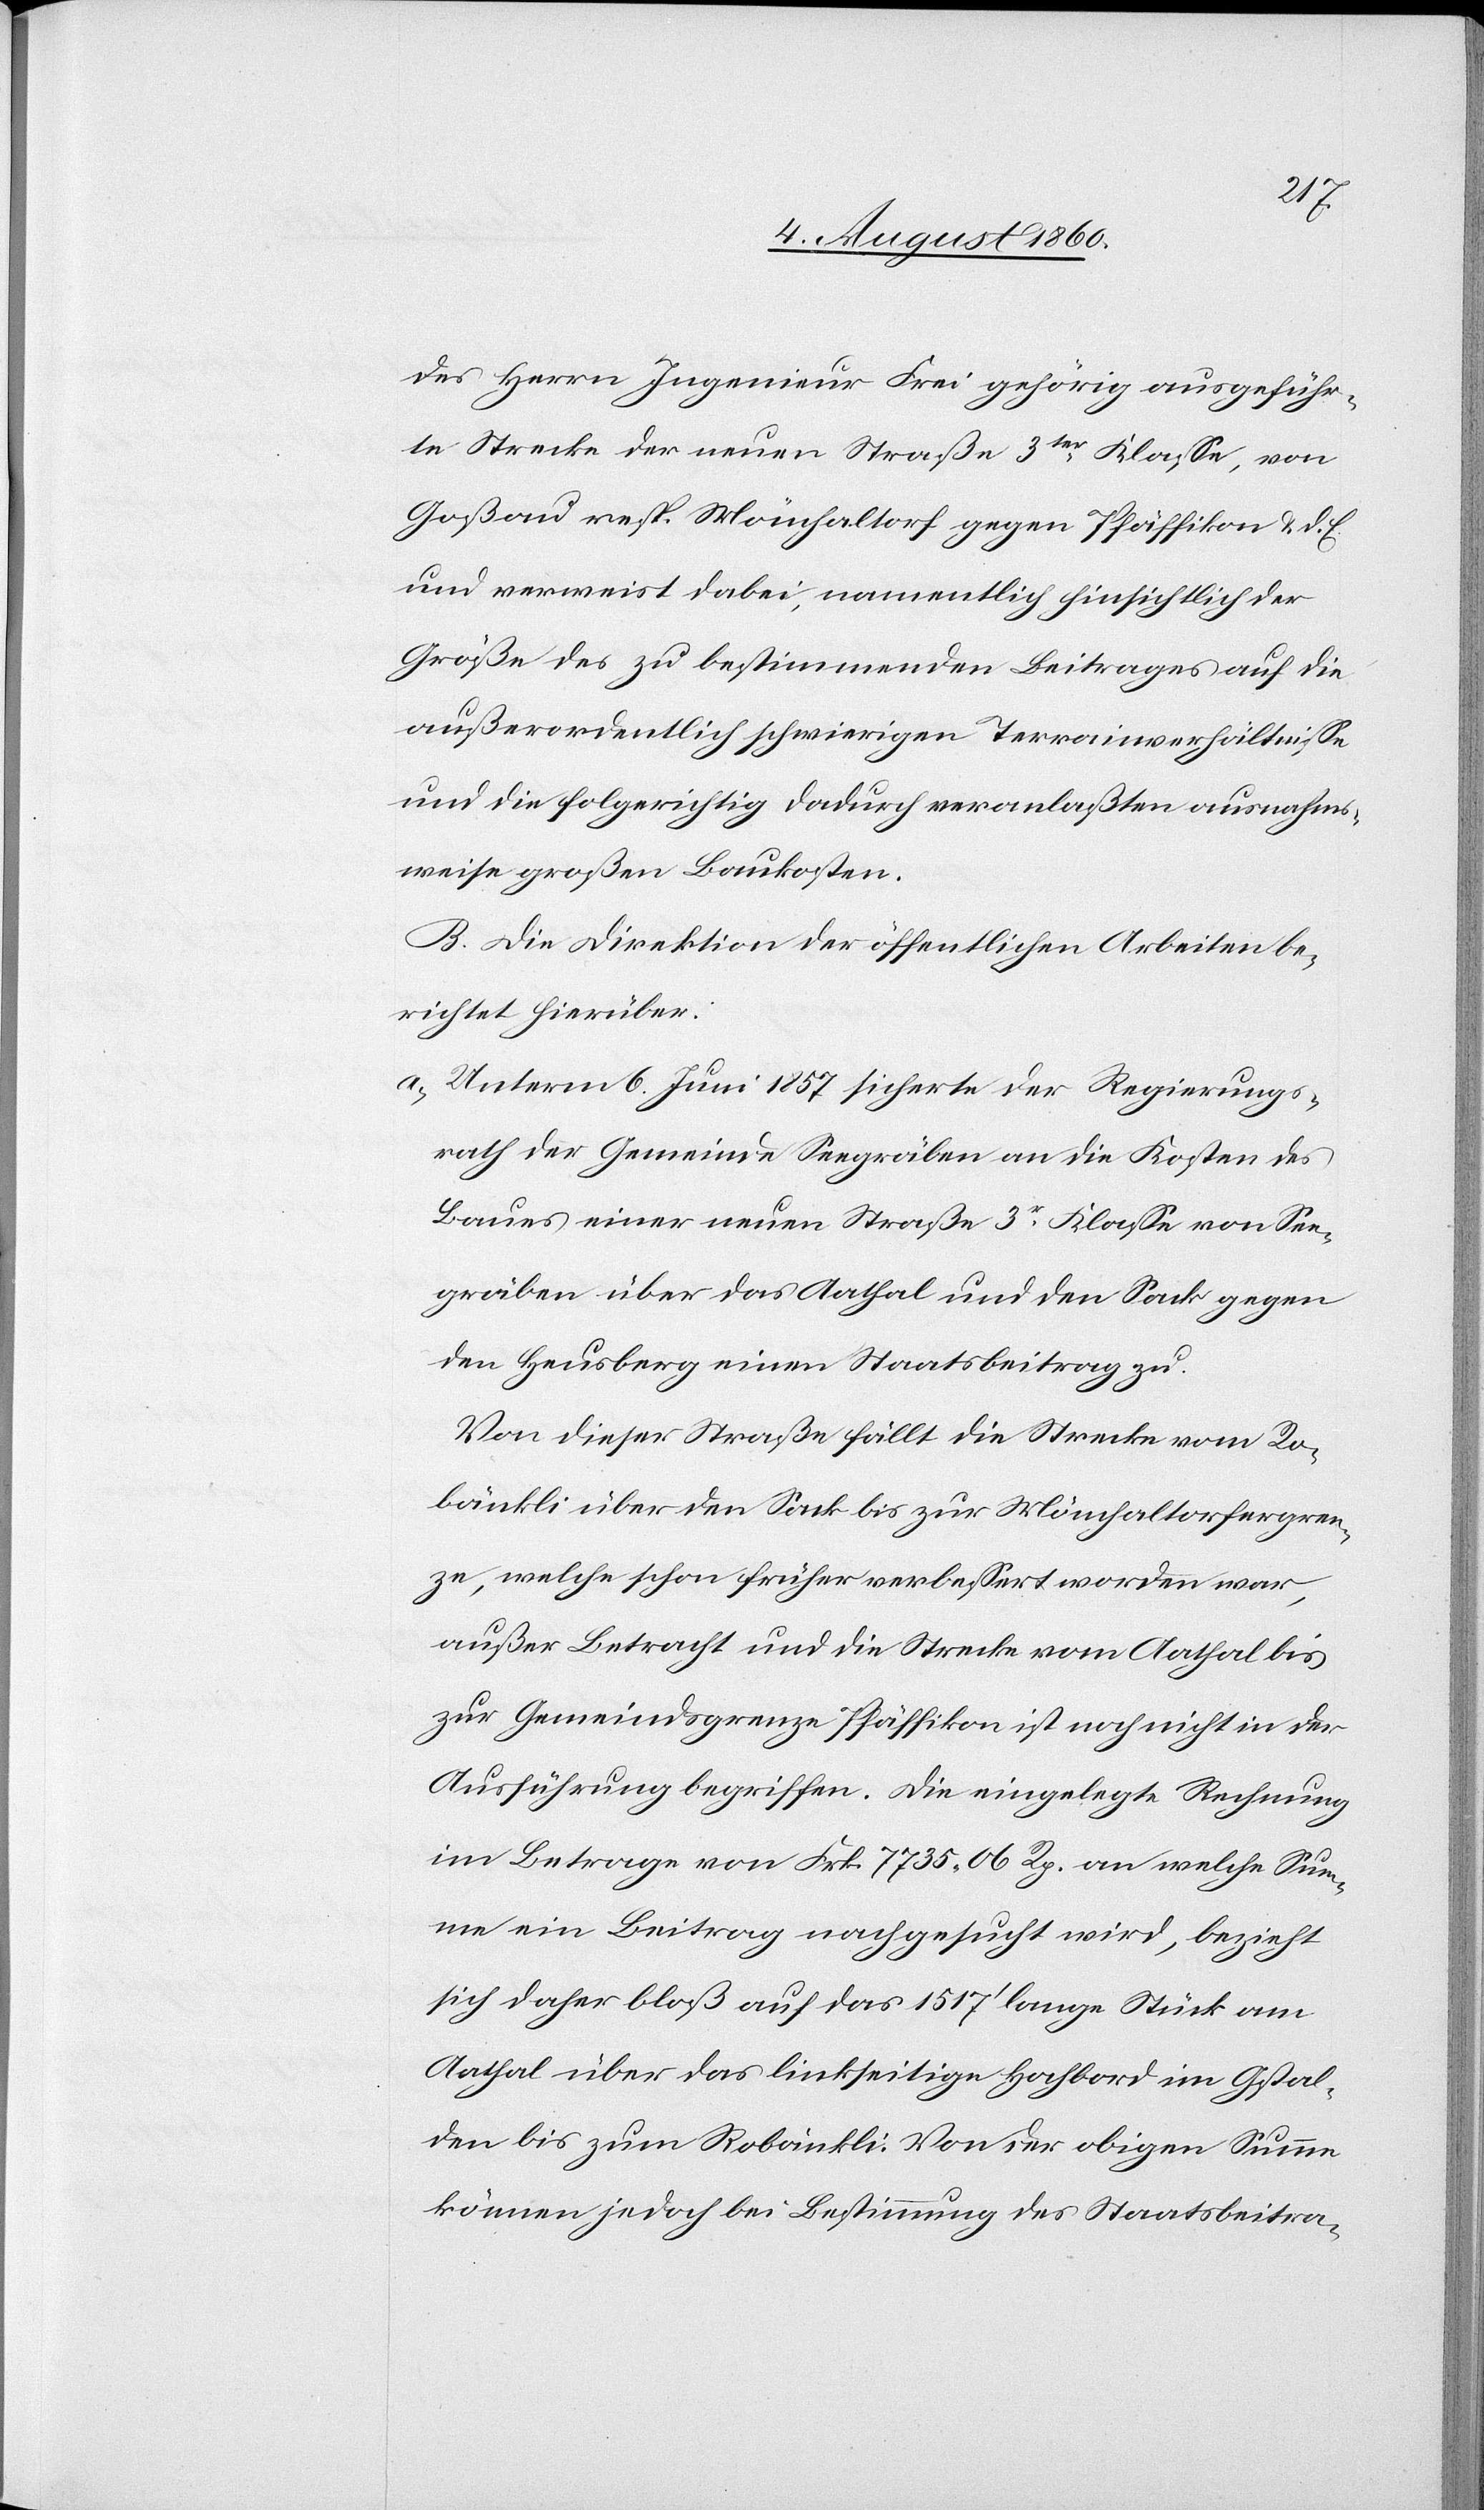
des Herrn Frei, Ingenieur, gehörig ausgeführ¬
te Strecke der neuen Straße 3tr Klasse, von
Gossau, resp. Mönchaltorf gegen Pfäffikon u. d.
u. verweist dabei, namentlich hinsichtlich der
Grösse des zu bestimmenden Beitrages auf die
ausserordentlich schwierigen Terrainverhältnisse
und die folgerichtig dadurch veranlassten ausnahms¬
weise grossen Baukosten.
B. Die Direktion der öffentlichen Arbeiten be¬
richtet hierüber:
a. Unterm 6. Juni 1857 sicherte der Regierungs¬
rath der Gemeinde Seegräben an die Kosten des
Baues einer neuen Strasse 3tr Klasse von See¬
gräben über das Aathal und den Sack gegen
den Heusberg einen Staatsbeitrag zu.
Von dieser Straße fällt die Strecke von Ro¬
bänkli über den Sack bis zur Mönchaltorfergren¬
ze, welche schon früher verbessert worden war,
ausser Betracht und die Strecke vom Aathal bis
zur Gemeindsgrenze Pfäffikon ist noch nicht in der
Ausführung begriffen. Die eingelegte Rechnung
im Betrage von Frk. 7735 06. Rp. an welche Sum¬
me ein Beitrag nachgesucht wird, bezieht
sich daher bloss auf das 1517’ lange Stück vom
Aathal über das linkseitige Hochbord im Gstal¬
den bis zum Robänkli. Von der obigen Summe
können jedoch bei Bestimmung des Staatsbei-